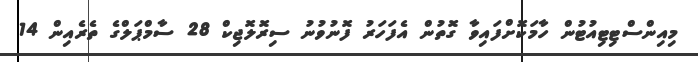
މިއިންސްޓިޓިއުޓުން ހާމަކޮށްފައިވާ ގޮތުން އެފަހަރު ފޮނުވުނު ސިރޮލޮޖިކް 28 ސާމްޕަލްގެ ތެރެއިން 14